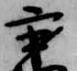
秉